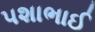
પશાભાઈ